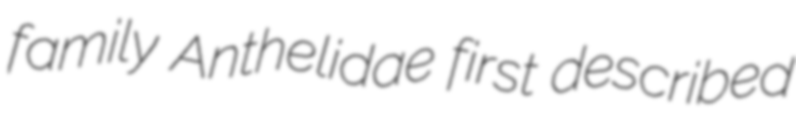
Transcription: family Anthelidae first described